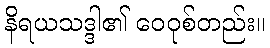
နိရယသဒ္ဒါ၏ ဝေဝုစ်တည်း။